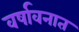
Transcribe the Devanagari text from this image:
वर्षावनात